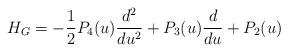
LaTeX: \begin{align*}H_{G}=-\frac{1}{2}P_{4}(u)\frac{d^{2}}{du^{2}}+P_{3}(u)\frac{d}{du}+P_{2}(u)\end{align*}